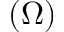
( \Omega )